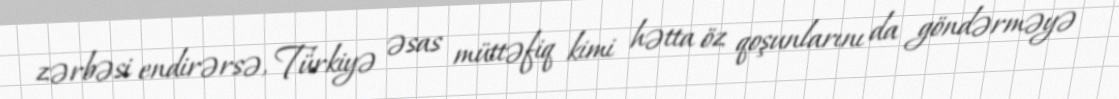
zərbəsi endirərsə, Türkiyə əsas müttəfiq kimi hətta öz qoşunlarını da göndərməyə